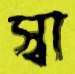
স্বা